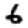
Digit: 6